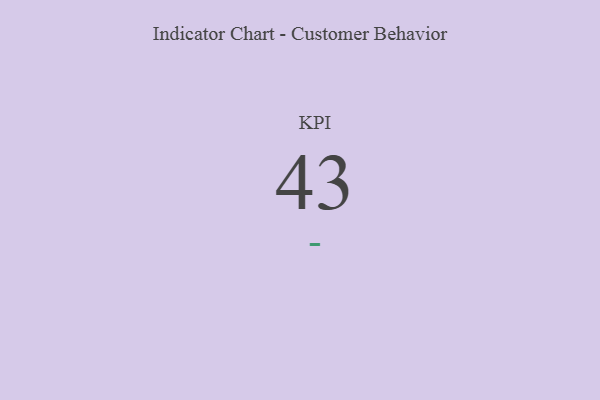
{"axis": {"x": "KPI", "y": "Value"}, "legend": [""], "data": [{"x": "KPI", "y": 43, "type": ""}]}